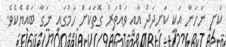
ކަށި ނަހަނާ އަކީ ކަށިދަދު އާއި ވައްތަރު ގޮތަކަށް ހަމުގައި ނަގާ ބައްޔެކެވެ.